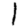
Digit: 1